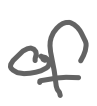
Text: of
Cross-out: clean
Writing tool: digital_gray